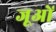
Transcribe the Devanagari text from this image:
जूओं